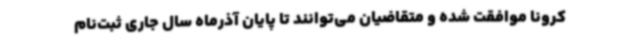
کرونا موافقت شده و متقاضیان می‌توانند تا پایان آذرماه سال جاری ثبت‌نام